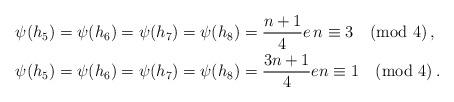
LaTeX: \begin{align*} \psi(h_5)&=\psi(h_6)=\psi(h_7)=\psi(h_8)=\frac{n+1}{4}e \, n\equiv 3 \pmod{4}\,, \\ \psi(h_5)&=\psi(h_6)=\psi(h_7)=\psi(h_8)=\frac{3n+1}{4}e n\equiv 1 \pmod{4}\,. \end{align*}